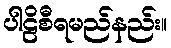
ပါဠိစီရမည်နည်း။